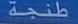
طبيعة